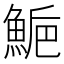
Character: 𩷴